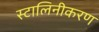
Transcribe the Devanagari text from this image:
स्टालिनीकरण